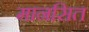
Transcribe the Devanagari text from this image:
मानसित